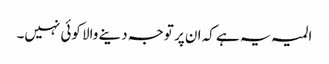
المیہ یہ ہے کہ ان پر توجہ دینے والا کوئی نہیں۔